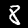
Label: 8